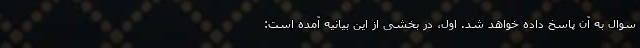
سوال به آن پاسخ داده خواهد شد. اول، در بخشی از این بیانیه آمده است: